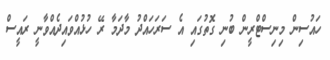
ހައުސިން މިނިސްޓްރީން ބުނި ގޮތުގައި އެ ސަރަހައްދު މާދަމާ ރޭ ހުޅުއްވައިދެއްވާނީ ރައީސް